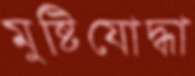
মুষ্টিযোদ্ধা